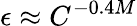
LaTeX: \epsilon\approx C^{-0.4M}